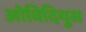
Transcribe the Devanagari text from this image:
ओविदियुस